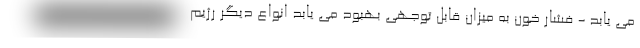
می یابد - فشار خون به میزان قابل توجهی بهبود می یابد انواع دیگر رژیم